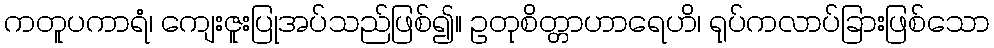
ကတူပကာရံ၊ ကျေးဇူးပြုအပ်သည်ဖြစ်၍။ ဥတုစိတ္တာဟာရေဟိ၊ ရုပ်ကလာပ်ခြားဖြစ်သော